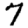
Digit: 7